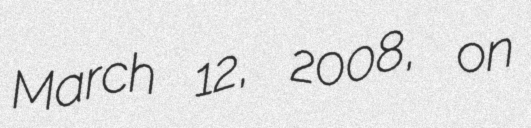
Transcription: March 12, 2008, on